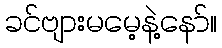
ခင်ဗျားမမေ့နဲ့နော်။